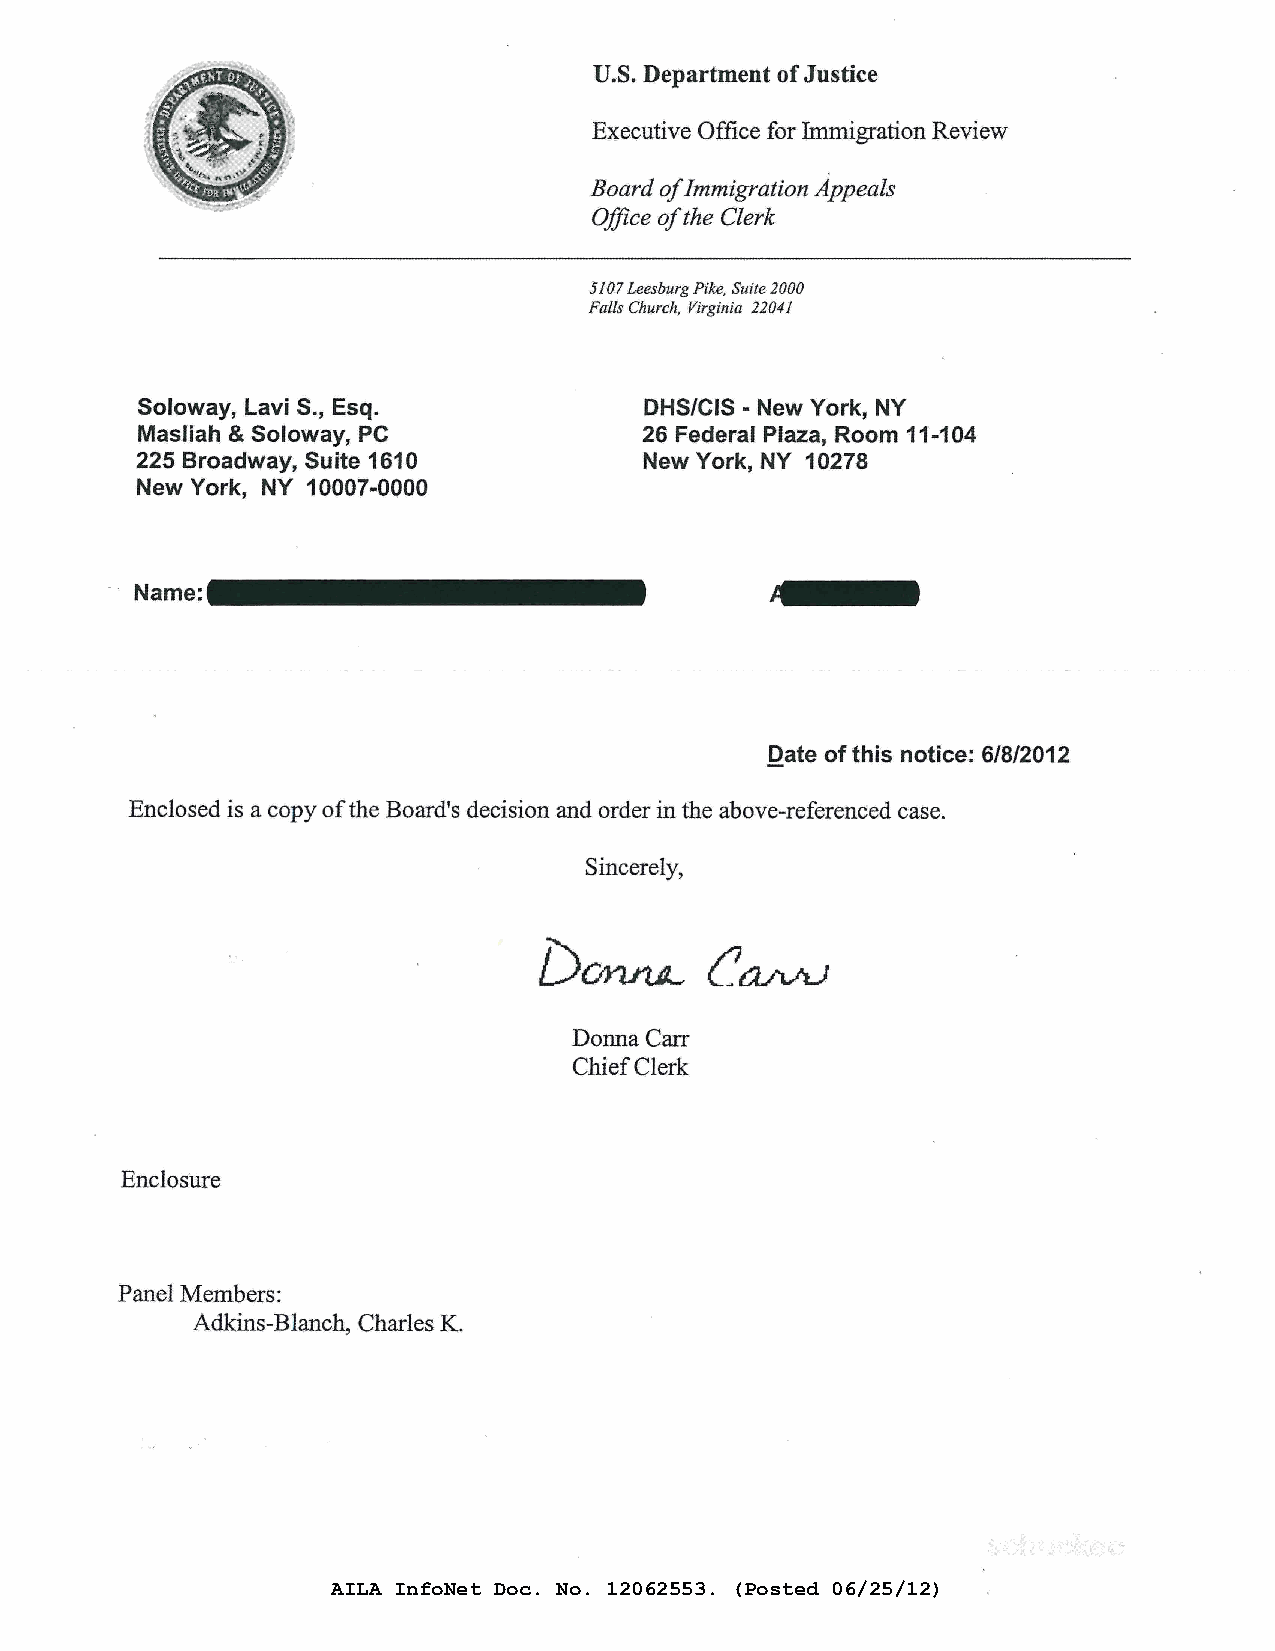
U .. S. Department of Justice
 Executive Office for Immigration Review
 Board ofI mmigration Appeals
 Office oft he Clerk
 5107 Leesburg Pike, Suite 2000
 Falls Church, Virginia 22041
 Soloway, Lavi S., Esq.            DHS/CIS • New York, NY
 Masliah & Soloway, PC             26 Federal Plaza, Room 11-1 04
 225 Broadway, Suite 1610          New York, NY 10278
 New York, NY 10 007-0000
 -
 - Name:
 Date of this notice: 6/8/2012
 Enclosed is a copy of the Board's decision and order in the above-referenced case.
 Sincerely,
 Donna Carr
 Chief Clerk
 Enclos·ure
 Panel Members:
 Adkins-Blanch, Charles K.
 AILA InfoNet Doc. No. 12062553. (Posted 06/25/12)